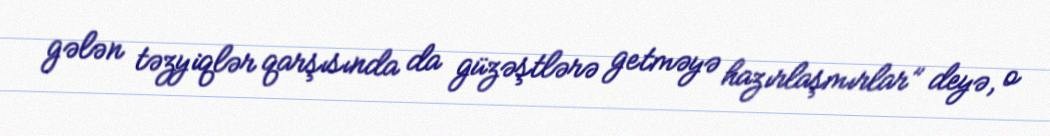
gələn təzyiqlər qarşısında da güzəştlərə getməyə hazırlaşmırlar” deyə, o